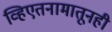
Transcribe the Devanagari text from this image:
व्हिएतनामातूनही